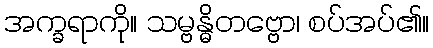
အက္ခရာကို။ သမ္ဗန္ဓိတဗ္ဗော၊ စပ်အပ်၏။